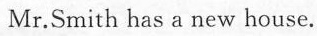
Mr.Smith has a new house.